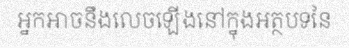
អ្នកអាចនឹងលេចឡើងនៅក្នុងអត្ថបទនៃ